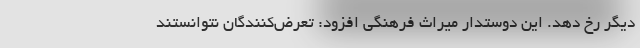
دیگر رخ دهد. این دوستدار میراث فرهنگی افزود: تعرض‌کنندگان نتوانستند